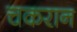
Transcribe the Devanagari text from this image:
चकरान